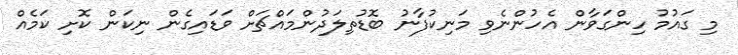
މި ގައުމު ހިންގަވާން އެހުންނެވި މަނިކުފާނު ބޮޑުތިލަދުންމައްޗަށް ވަޑައިގެން ނިކަން ކޮށި ކަމެއް